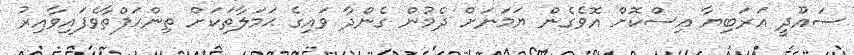
ސައޫދީ އަރަބިޔާ އިސްކޮށް އޮވެގެން ޔަމަނަށް ދެމުން ގެންދާ ވައިގެ ޙަމަލާތަކަށް ތިންހަފްތާވެފައިވާއިރު